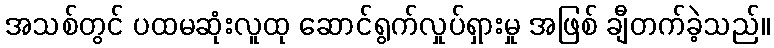
အသစ်တွင် ပထမဆုံးလူထု ဆောင်ရွက်လှုပ်ရှားမှု အဖြစ် ချီတက်ခဲ့သည်။